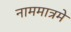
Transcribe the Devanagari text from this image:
नाममात्रमे